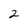
Character: 2